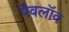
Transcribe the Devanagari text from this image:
पैवलॉव